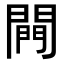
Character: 闁